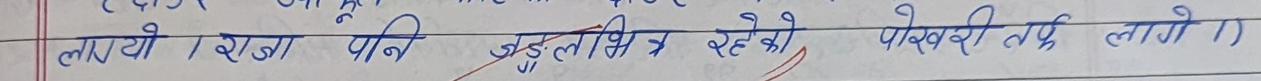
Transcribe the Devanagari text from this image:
लाग्यो / राजा पनि जुडिलाभित्र रहेको पोखरी तर्फ लागे ।)